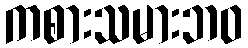
ကစားသမားဘဝ